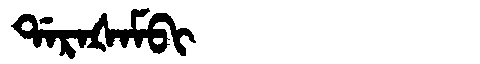
Manchu: ᡩᠠᡵᠠᡧᠠᠮᠪᡳ
Romanization: DARAŠAMBI